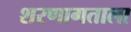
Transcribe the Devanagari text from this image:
शरणागताला